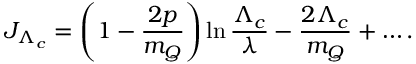
J _ { \Lambda _ { c } } = \left( 1 - \frac { 2 p } { m _ { Q } } \right) \ln \frac { \Lambda _ { c } } { \lambda } - \frac { 2 \Lambda _ { c } } { m _ { Q } } + \ldots .